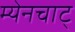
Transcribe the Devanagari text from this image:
म्येनचाट्